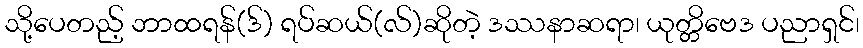
သို့ပေတည့် ဘာထရန်(ဒ်) ရပ်ဆယ်(လ်)ဆိုတဲ့ ဒဿနာဆရာ၊ ယုတ္တိဗေဒ ပညာရှင်၊